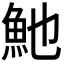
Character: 𩵔